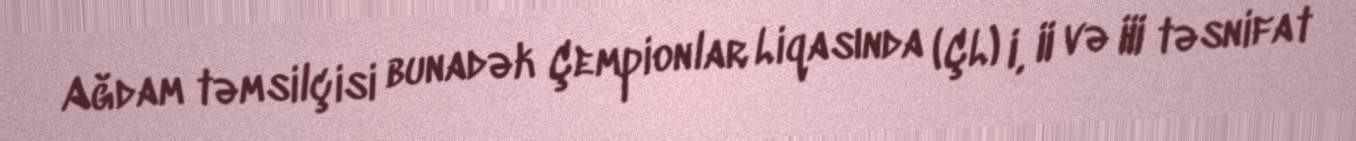
Ağdam təmsilçisi bunadək Çempionlar Liqasında (ÇL) I, II və III təsnifat